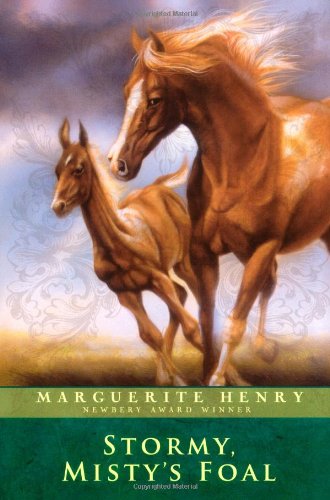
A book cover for Stormy, Misty's Foal; Marguerite Henry; Children's Books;